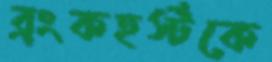
ব্রংকহর্স্টকে